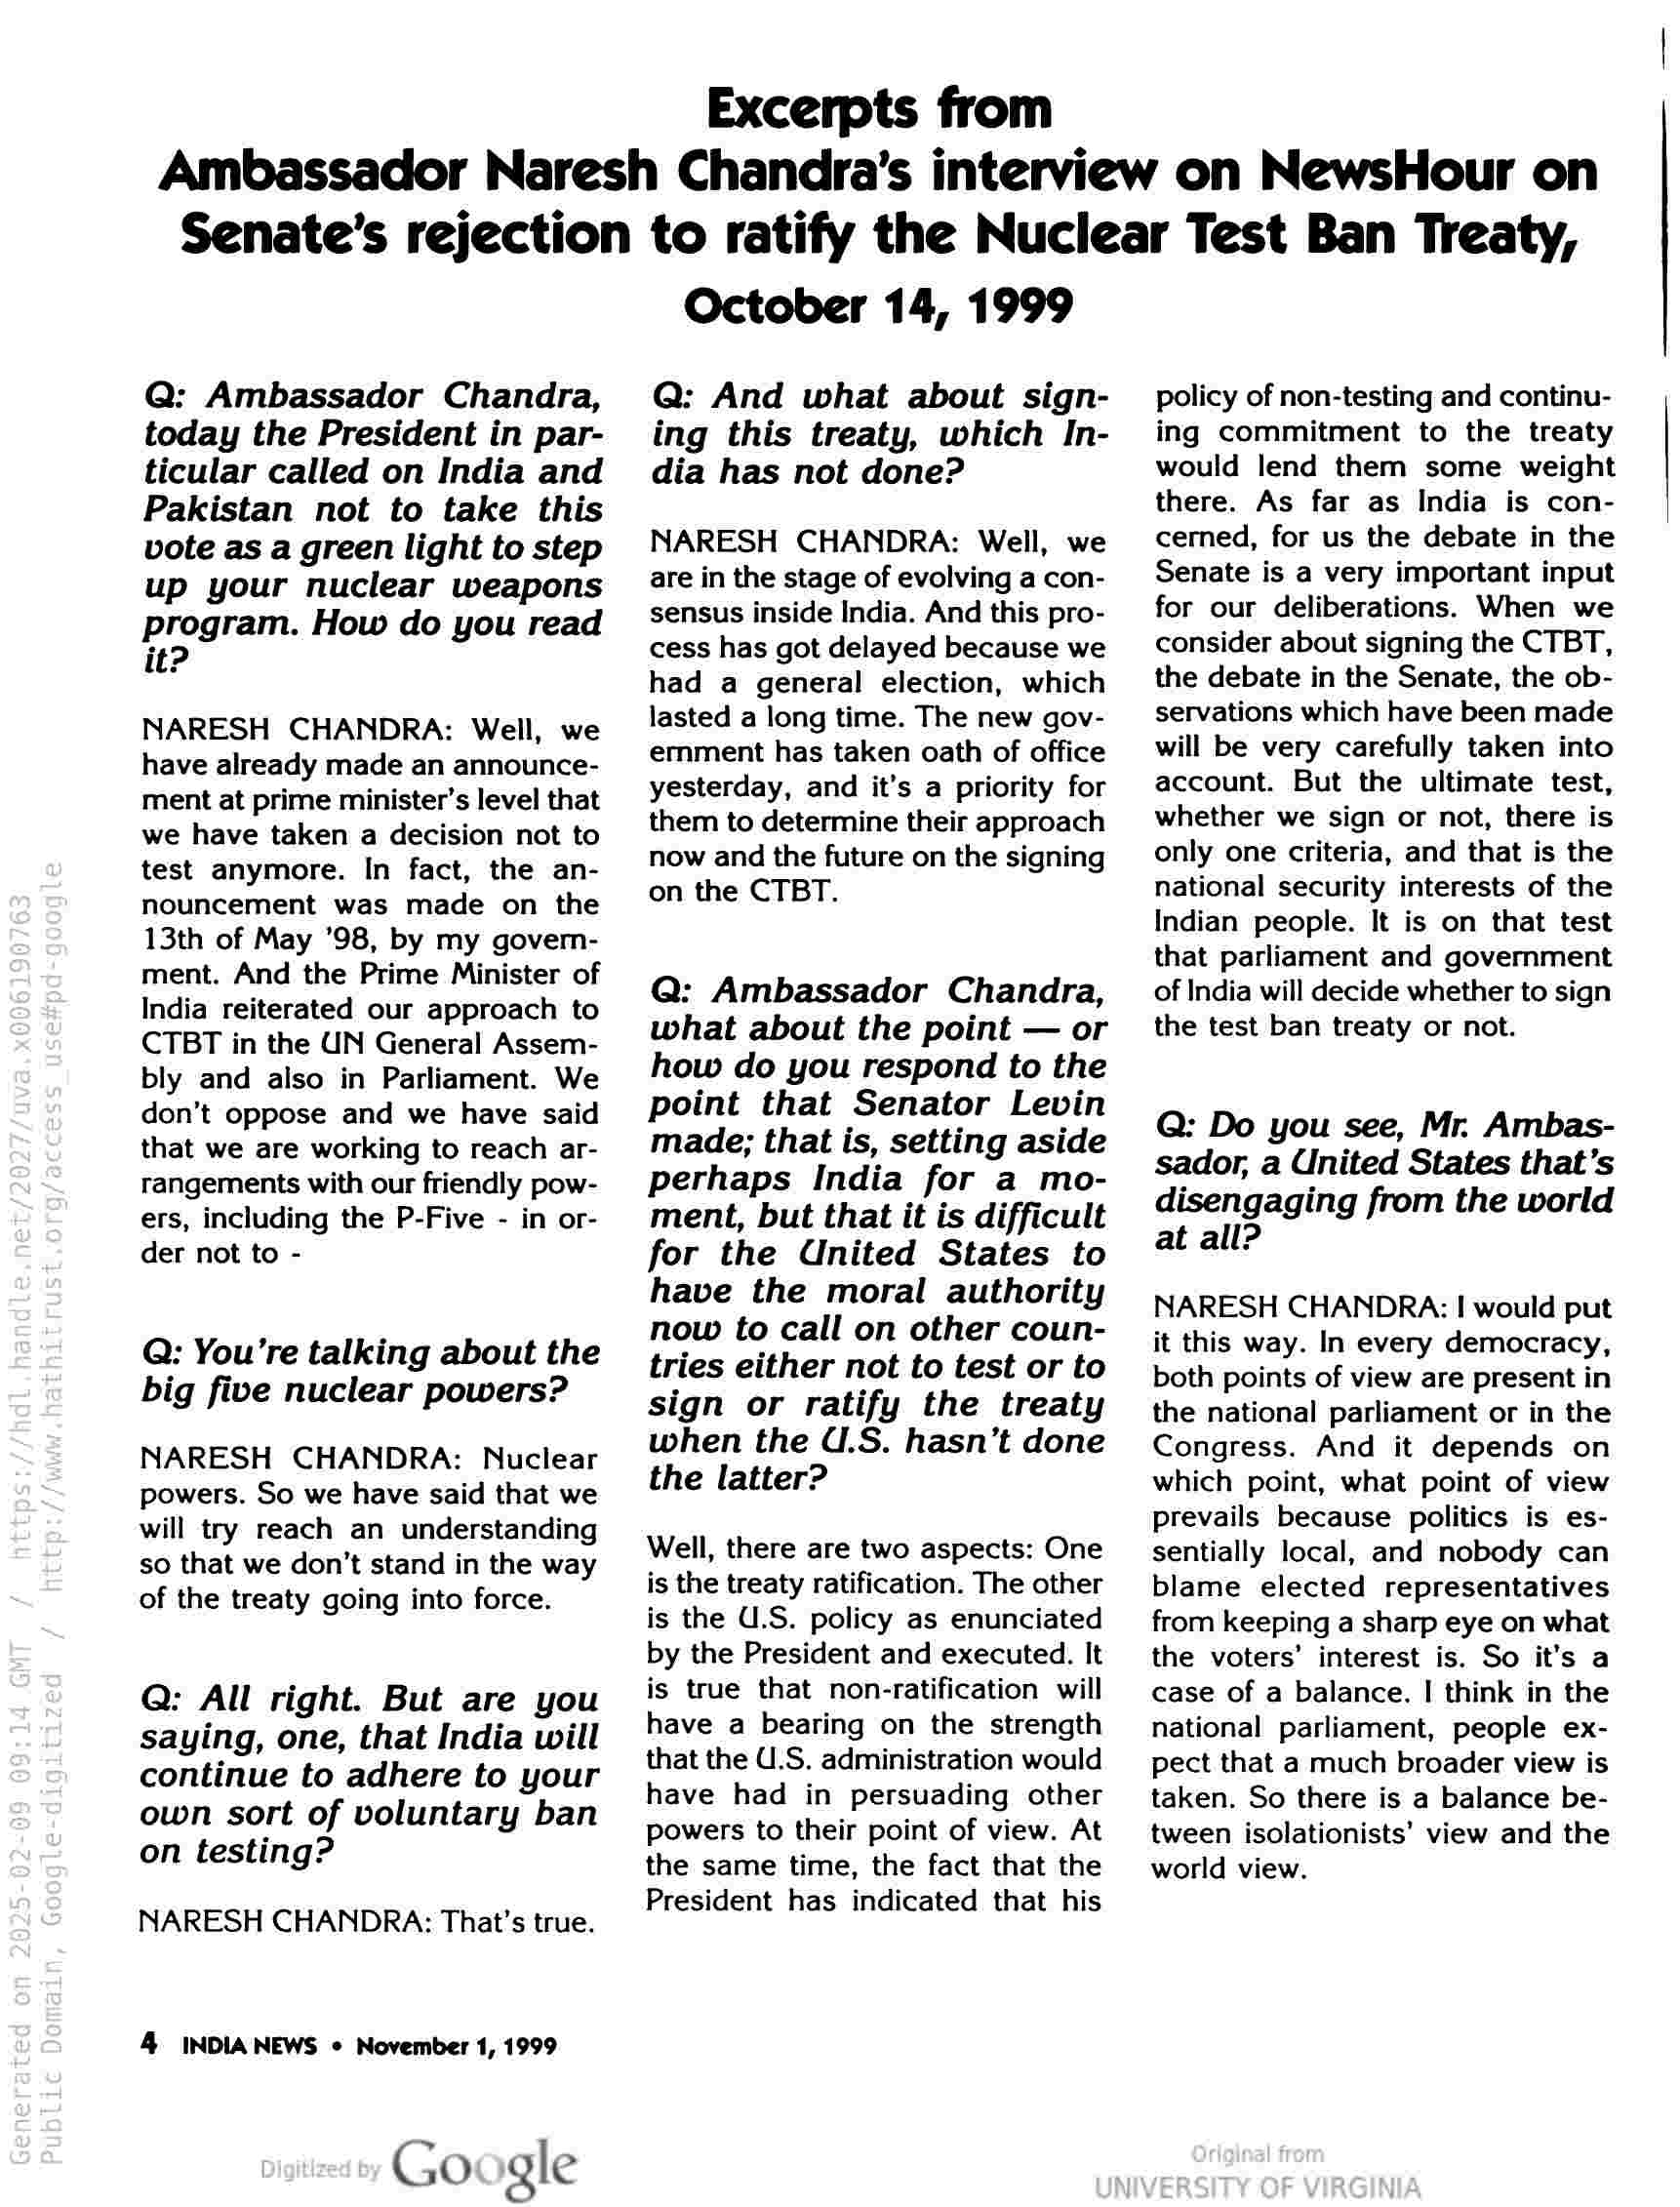
Excerpts from

Ambassador Naresh Chandra’s interview on NewsHour on
Senate’s rejection to ratify the Nuclear Test Ban Treaty,

Q: Ambassador Chandra,
today the President in par-
ticular called on India and
Pakistan not to take this
vote as a green light to step
up your nuclear weapons
program. How do you read
it?

NARESH CHANDRA: Well, we
have already made an announce-
ment at prime minister’s level that
we have taken a decision not to
test anymore. In fact, the an-
nouncement was made on the
13th of May '98, by my govern-
ment. And the Prime Minister of
India reiterated our approach to
CTBT in the UN General Assem-
bly and also in Parliament. We
don’t oppose and we have said
that we are working to reach ar-
rangements with our friendly pow-
ers, including the P-Five - in or-
der not to -

Q: You’re talking about the
big five nuclear powers?

NARESH CHANDRA: Nuclear
powers. So we have said that we
will try reach an understanding
so that we don’t stand in the way
of the treaty going into force.

Q: All right. But are you
saying, one, that India will
continue to adhere to your
own sort of voluntary ban
on testing?

NARESH CHANDRA: That’s true.

4 INDIA NEWS © November 1, 1999

Google

October 14, 1999

Q: And what about sign-
ing this treaty, which In-
dia has not done?

NARESH CHANDRA: Well, we
are in the stage of evolving a con-
sensus inside India. And this pro-
cess has got delayed because we
had a general election, which
lasted a long time. The new gov-
emment has taken oath of office
yesterday, and it’s a priority for
them to determine their approach
now and the future on the signing
on the CTBT.

Q: Ambassador Chandra,
what about the point — or
how do you respond to the
point that Senator Levin
made; that is, setting aside
perhaps India for a mo-
ment, but that it is difficult
for the United States to
have the moral authority
now to call on other coun-
tries either not to test or to
sign or ratify the treaty
when the U.S. hasn’t done
the latter?

Well, there are two aspects: One
is the treaty ratification. The other
is the U.S. policy as enunciated
by the President and executed. It
is true that non-ratification will
have a bearing on the strength
that the U.S. administration would
have had in persuading other
powers to their point of view. At
the same time, the fact that the
President has indicated that his

policy of non-testing and continu-
ing commitment to the treaty
would lend them some weight
there. As far as India is con-
cerned, for us the debate in the
Senate is a very important input
for our deliberations. When we
consider about signing the CTBT,
the debate in the Senate, the ob-
servations which have been made
will be very carefully taken into
account. But the ultimate test,
whether we sign or not, there is
only one criteria, and that is the
national security interests of the
Indian people. It is on that test
that parliament and government
of India will decide whether to sign
the test ban treaty or not.

Q: Do you see, Mr. Ambas-
sador, a United States that’s
disengaging from the world
at all?

NARESH CHANDRA: | would put
it this way. In every democracy,
both points of view are present in
the national parliament or in the
Congress. And it depends on
which point, what point of view
prevails because politics is es-
sentially local, and nobody can
blame elected representatives
from keeping a sharp eye on what
the voters’ interest is. So it’s a
case of a balance. I| think in the
national parliament, people ex-
pect that a much broader view is
taken. So there is a balance be-
tween isolationists’ view and the
world view.